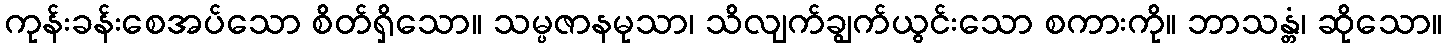
ကုန်းခန်းစေအပ်သော စိတ်ရှိသော။ သမ္ပဇာနမုသာ၊ သိလျက်ချွက်ယွင်းသော စကားကို။ ဘာသန္တံ၊ ဆိုသော။